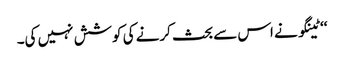
‘‘ٹینگو نے اس سے بحث کرنے کی کوشش نہیں کی۔